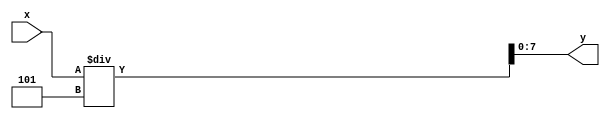
`timescale 1ns / 1ps

module divide_by_5(
    input [15:0] x,
    output reg [7:0] y
    );
    
    always @(*) begin
        y = x / 5;
    end
    
endmodule